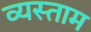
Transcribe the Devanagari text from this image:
व्यस्ताम